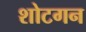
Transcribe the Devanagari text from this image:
शोटगन